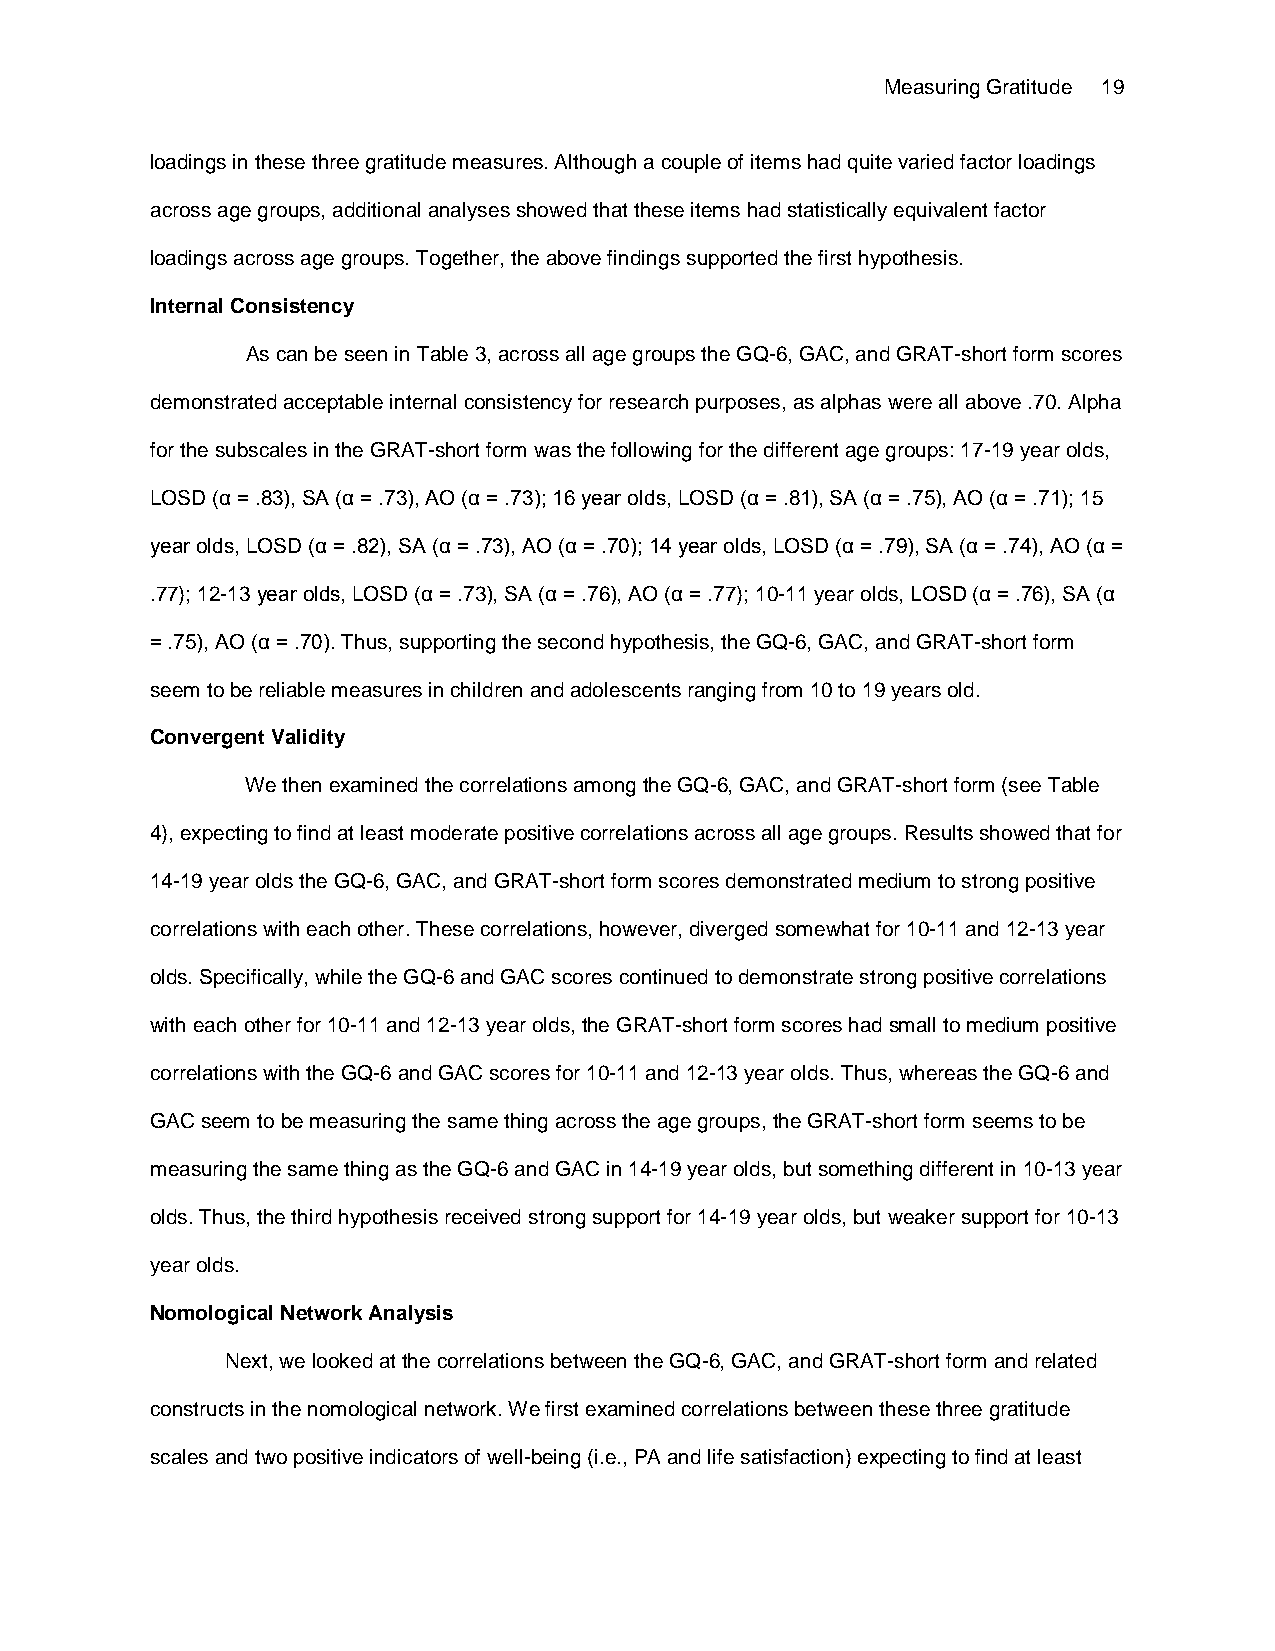
Measuring Gratitude 19
 loadings in these three gratitude measures. Although a couple of items had quite varied factor loadings
 across age groups, additional analyses showed that these items had statistically equivalent factor
 loadings across age groups. Together, the above findings supported the first hypothesis.
 Internal Consistency
 As can be seen in Table 3, across all age groups the GQ-6, GAC, and GRAT-short form scores
 demonstrated acceptable internal consistency for research purposes, as alphas were all above .70. Alpha
 for the subscales in the GRAT-short form was the following for the different age groups: 17-19 year olds,
 LOSD (α = .83), SA (α = .73), AO (α = .73); 16 year olds, LOSD (α = .81), SA (α = .75), AO (α = .71); 15
 year olds, LOSD (α = .82), SA (α = .73), AO (α = .70); 14 year olds, LOSD (α = .79), SA (α = .74), AO (α =
 .77); 12-13 year olds, LOSD (α = .73), SA (α = .76), AO (α = .77); 10-11 year olds, LOSD (α = .76), SA (α
 = .75), AO (α = .70). Thus, supporting the second hypothesis, the GQ-6, GAC, and GRAT-short form
 seem to be reliable measures in children and adolescents ranging from 10 to 19 years old.
 Convergent Validity
 We then examined the correlations among the GQ-6, GAC, and GRAT-short form (see Table
 4), expecting to find at least moderate positive correlations across all age groups. Results showed that for
 14-19 year olds the GQ-6, GAC, and GRAT-short form scores demonstrated medium to strong positive
 correlations with each other. These correlations, however, diverged somewhat for 10-11 and 12-13 year
 olds. Specifically, while the GQ-6 and GAC scores continued to demonstrate strong positive correlations
 with each other for 10-11 and 12-13 year olds, the GRAT-short form scores had small to medium positive
 correlations with the GQ-6 and GAC scores for 10-11 and 12-13 year olds. Thus, whereas the GQ-6 and
 GAC seem to be measuring the same thing across the age groups, the GRAT-short form seems to be
 measuring the same thing as the GQ-6 and GAC in 14-19 year olds, but something different in 10-13 year
 olds. Thus, the third hypothesis received strong support for 14-19 year olds, but weaker support for 10-13
 year olds.
 Nomological Network Analysis
 Next, we looked at the correlations between the GQ-6, GAC, and GRAT-short form and related
 constructs in the nomological network. We first examined correlations between these three gratitude
 scales and two positive indicators of well-being (i.e., PA and life satisfaction) expecting to find at least